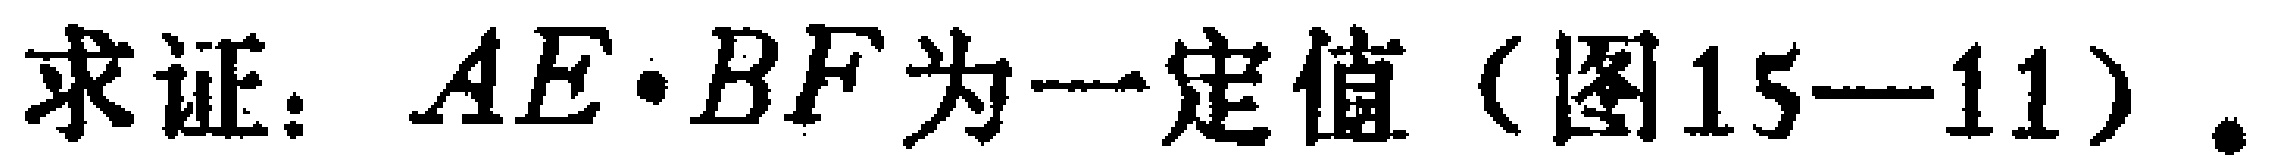
求证：\(AE\cdot BF\)为一定值（图15—11）.